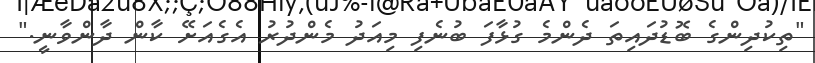
"ތިކުދިންގެ ބޮޑުދައިތަ ދެންމެ ގުޅާފަ ބުނެފި މިއަދު މެންދުރު އެގެއަށޭ ކާން ދާންވާނީ."